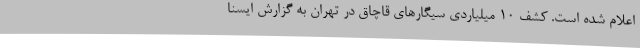
اعلام شده است. کشف 10 میلیاردی سیگارهای قاچاق در تهران به گزارش ایسنا